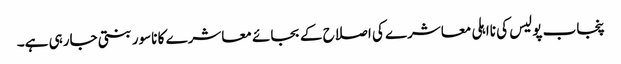
پنجاب پولیس کی نااہلی معاشرے کی اصلاح کے بجائے معاشرے کا ناسور بنتی جارہی ہے۔